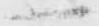
一